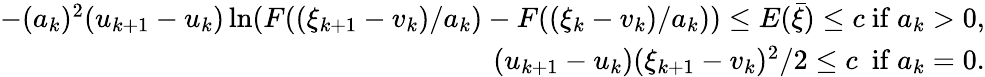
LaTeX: \begin{array}{r}{-(a_{k})^{2}(u_{k+1}-u_{k})\ln(F((\xi_{k+1}-v_{k})/a_{k})-F((\xi_{k}-v_{k})/a_{k}))\le E(\bar{\xi})\le c\mathrm{~if~}a_{k}>0,}\\ {(u_{k+1}-u_{k})(\xi_{k+1}-v_{k})^{2}/2\le c\ \mathrm{~if~}a_{k}=0.}\end{array}